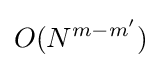
O(N^{m-m'})